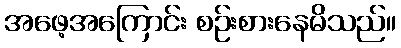
အဖေ့အကြောင်း စဉ်းစားနေမိသည်။